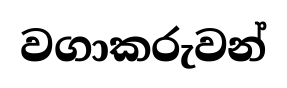
වගාකරුවන්